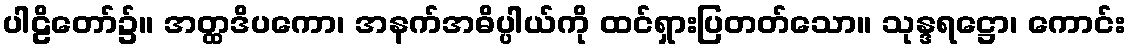
ပါဠိတော်၌။ အတ္ထဒိပကော၊ အနက်အဓိပ္ပါယ်ကို ထင်ရှားပြတတ်သော။ သုန္ဒရဋ္ဌော၊ ကောင်း